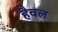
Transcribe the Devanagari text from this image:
हैवल